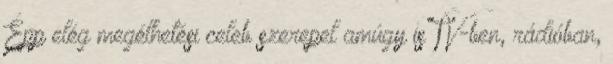
Épp elég megélhetési celeb szerepel amúgy is TV-ben, rádióban,